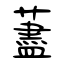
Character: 藎